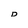
Character: D